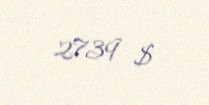
2739 $